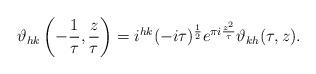
LaTeX: \begin{align*} \vartheta_{hk} \left(-\frac{1}{\tau}, \frac{z}{\tau} \right) = i^{hk} (-i\tau)^{\frac{1}{2}} e^{\pi i \frac{z^2}{\tau}} \vartheta_{kh} (\tau ,z). \end{align*}